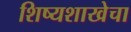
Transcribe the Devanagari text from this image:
शिष्यशाखेचा